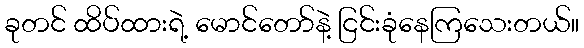
ခုတင် ထိပ်ထားရဲ့ မောင်တော်နဲ့ ငြင်းခုံနေကြသေးတယ်။